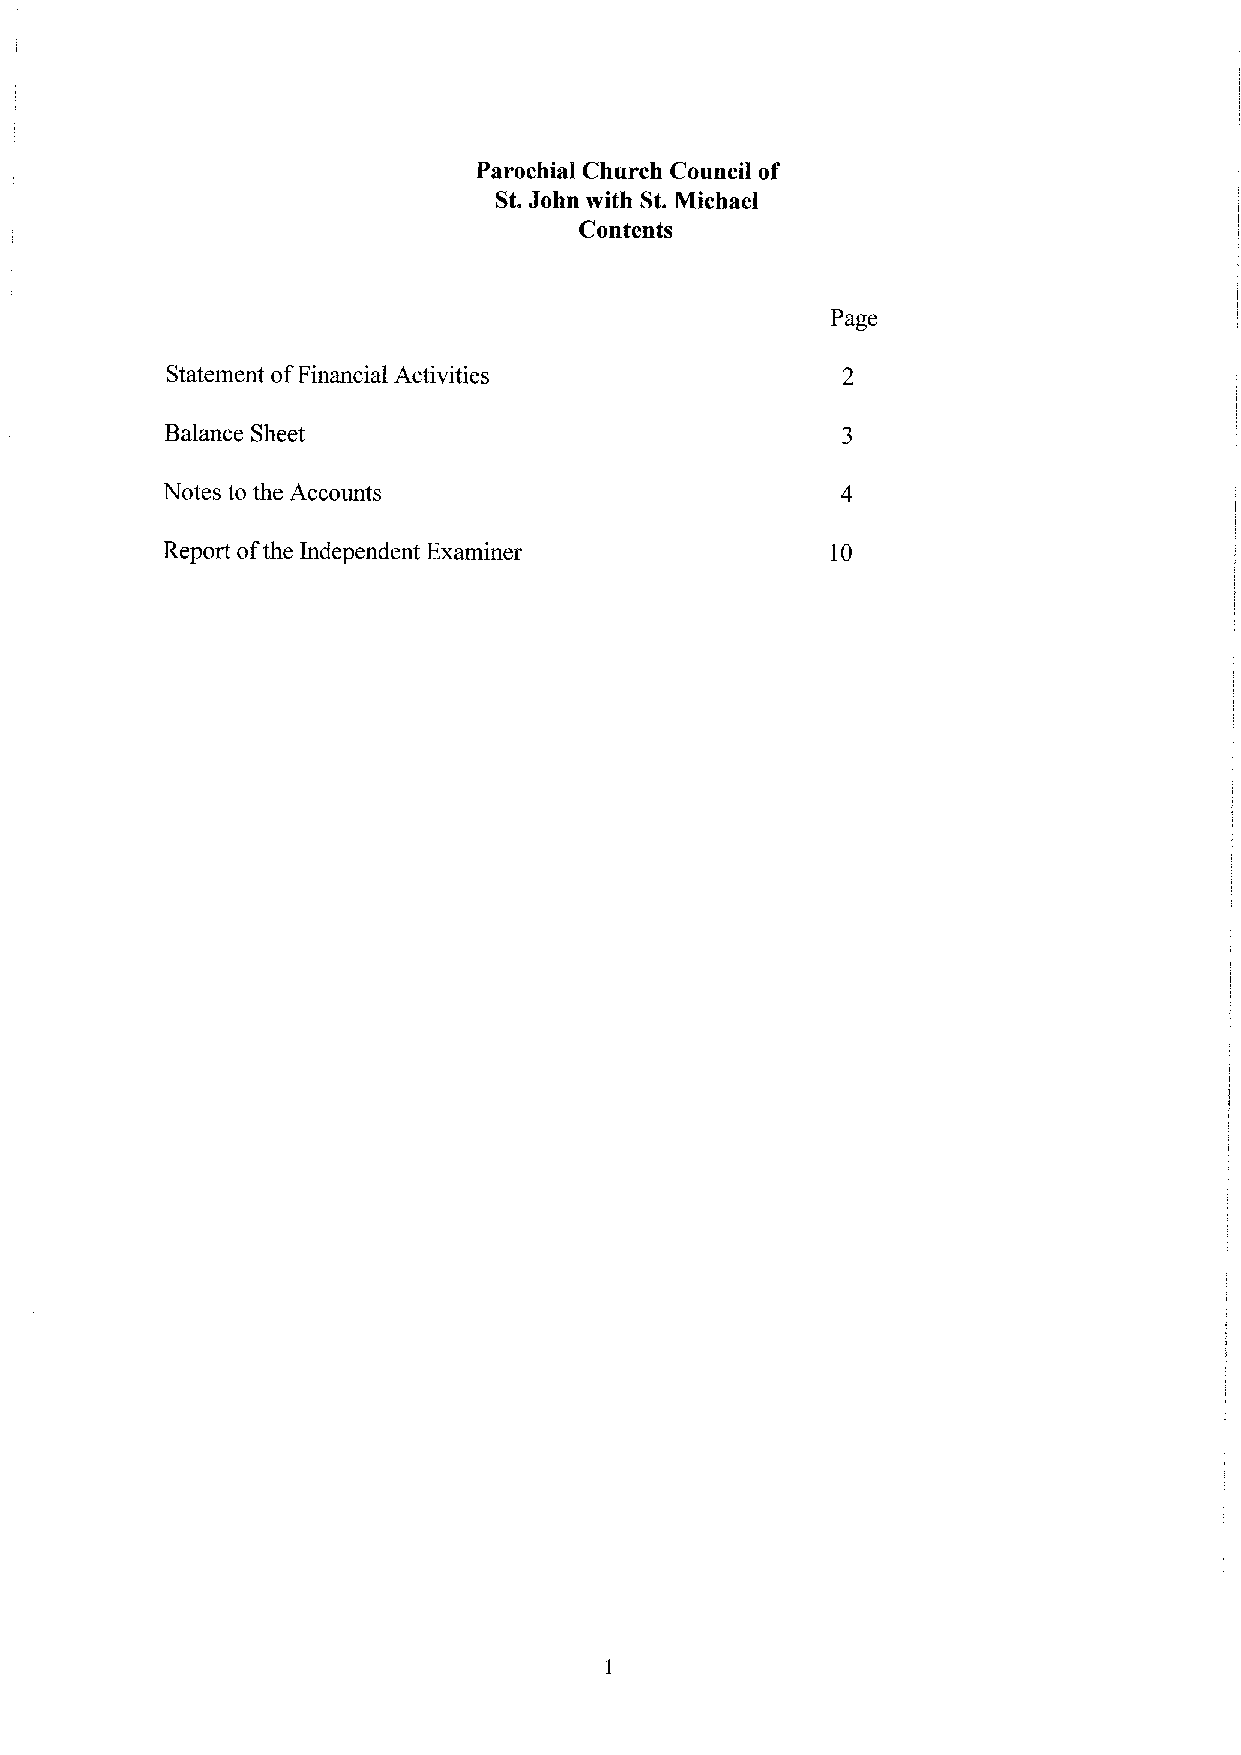
Parochial Church Council of
 St.John with St.Michael
 Contents
 Page
 Statement ofFinancial Activities
 Balance Sheet
 Notes to the Accounts
 Report ofthe Independent Examiner           10